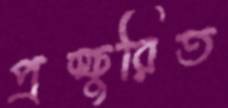
প্রস্ফুরিত